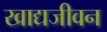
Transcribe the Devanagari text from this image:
खाद्यजीवन